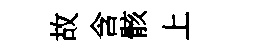
故含骸上